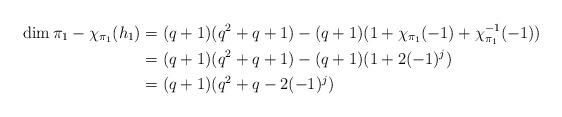
LaTeX: \begin{align*}\dim\pi_1-\chi_{\pi_1}(h_1)&=(q+1)(q^2+q+1)-(q+1)(1+\chi_{\pi_1}(-1)+\chi_{\pi_1}^{-1}(-1))\\&=(q+1)(q^2+q+1)-(q+1)(1+2(-1)^j)\\&=(q+1)(q^2+q-2(-1)^j)\end{align*}